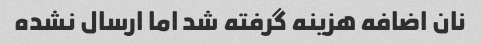
نان اضافه هزینه گرفته شد اما ارسال نشده